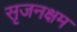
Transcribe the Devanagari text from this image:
सृजनक्षम